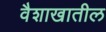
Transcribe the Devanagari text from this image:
वैशाखातील